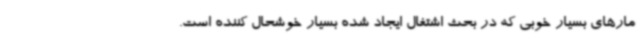
مارهای بسیار خوبی که در بحث اشتغال ایجاد شده بسیار خوشحال کننده است.